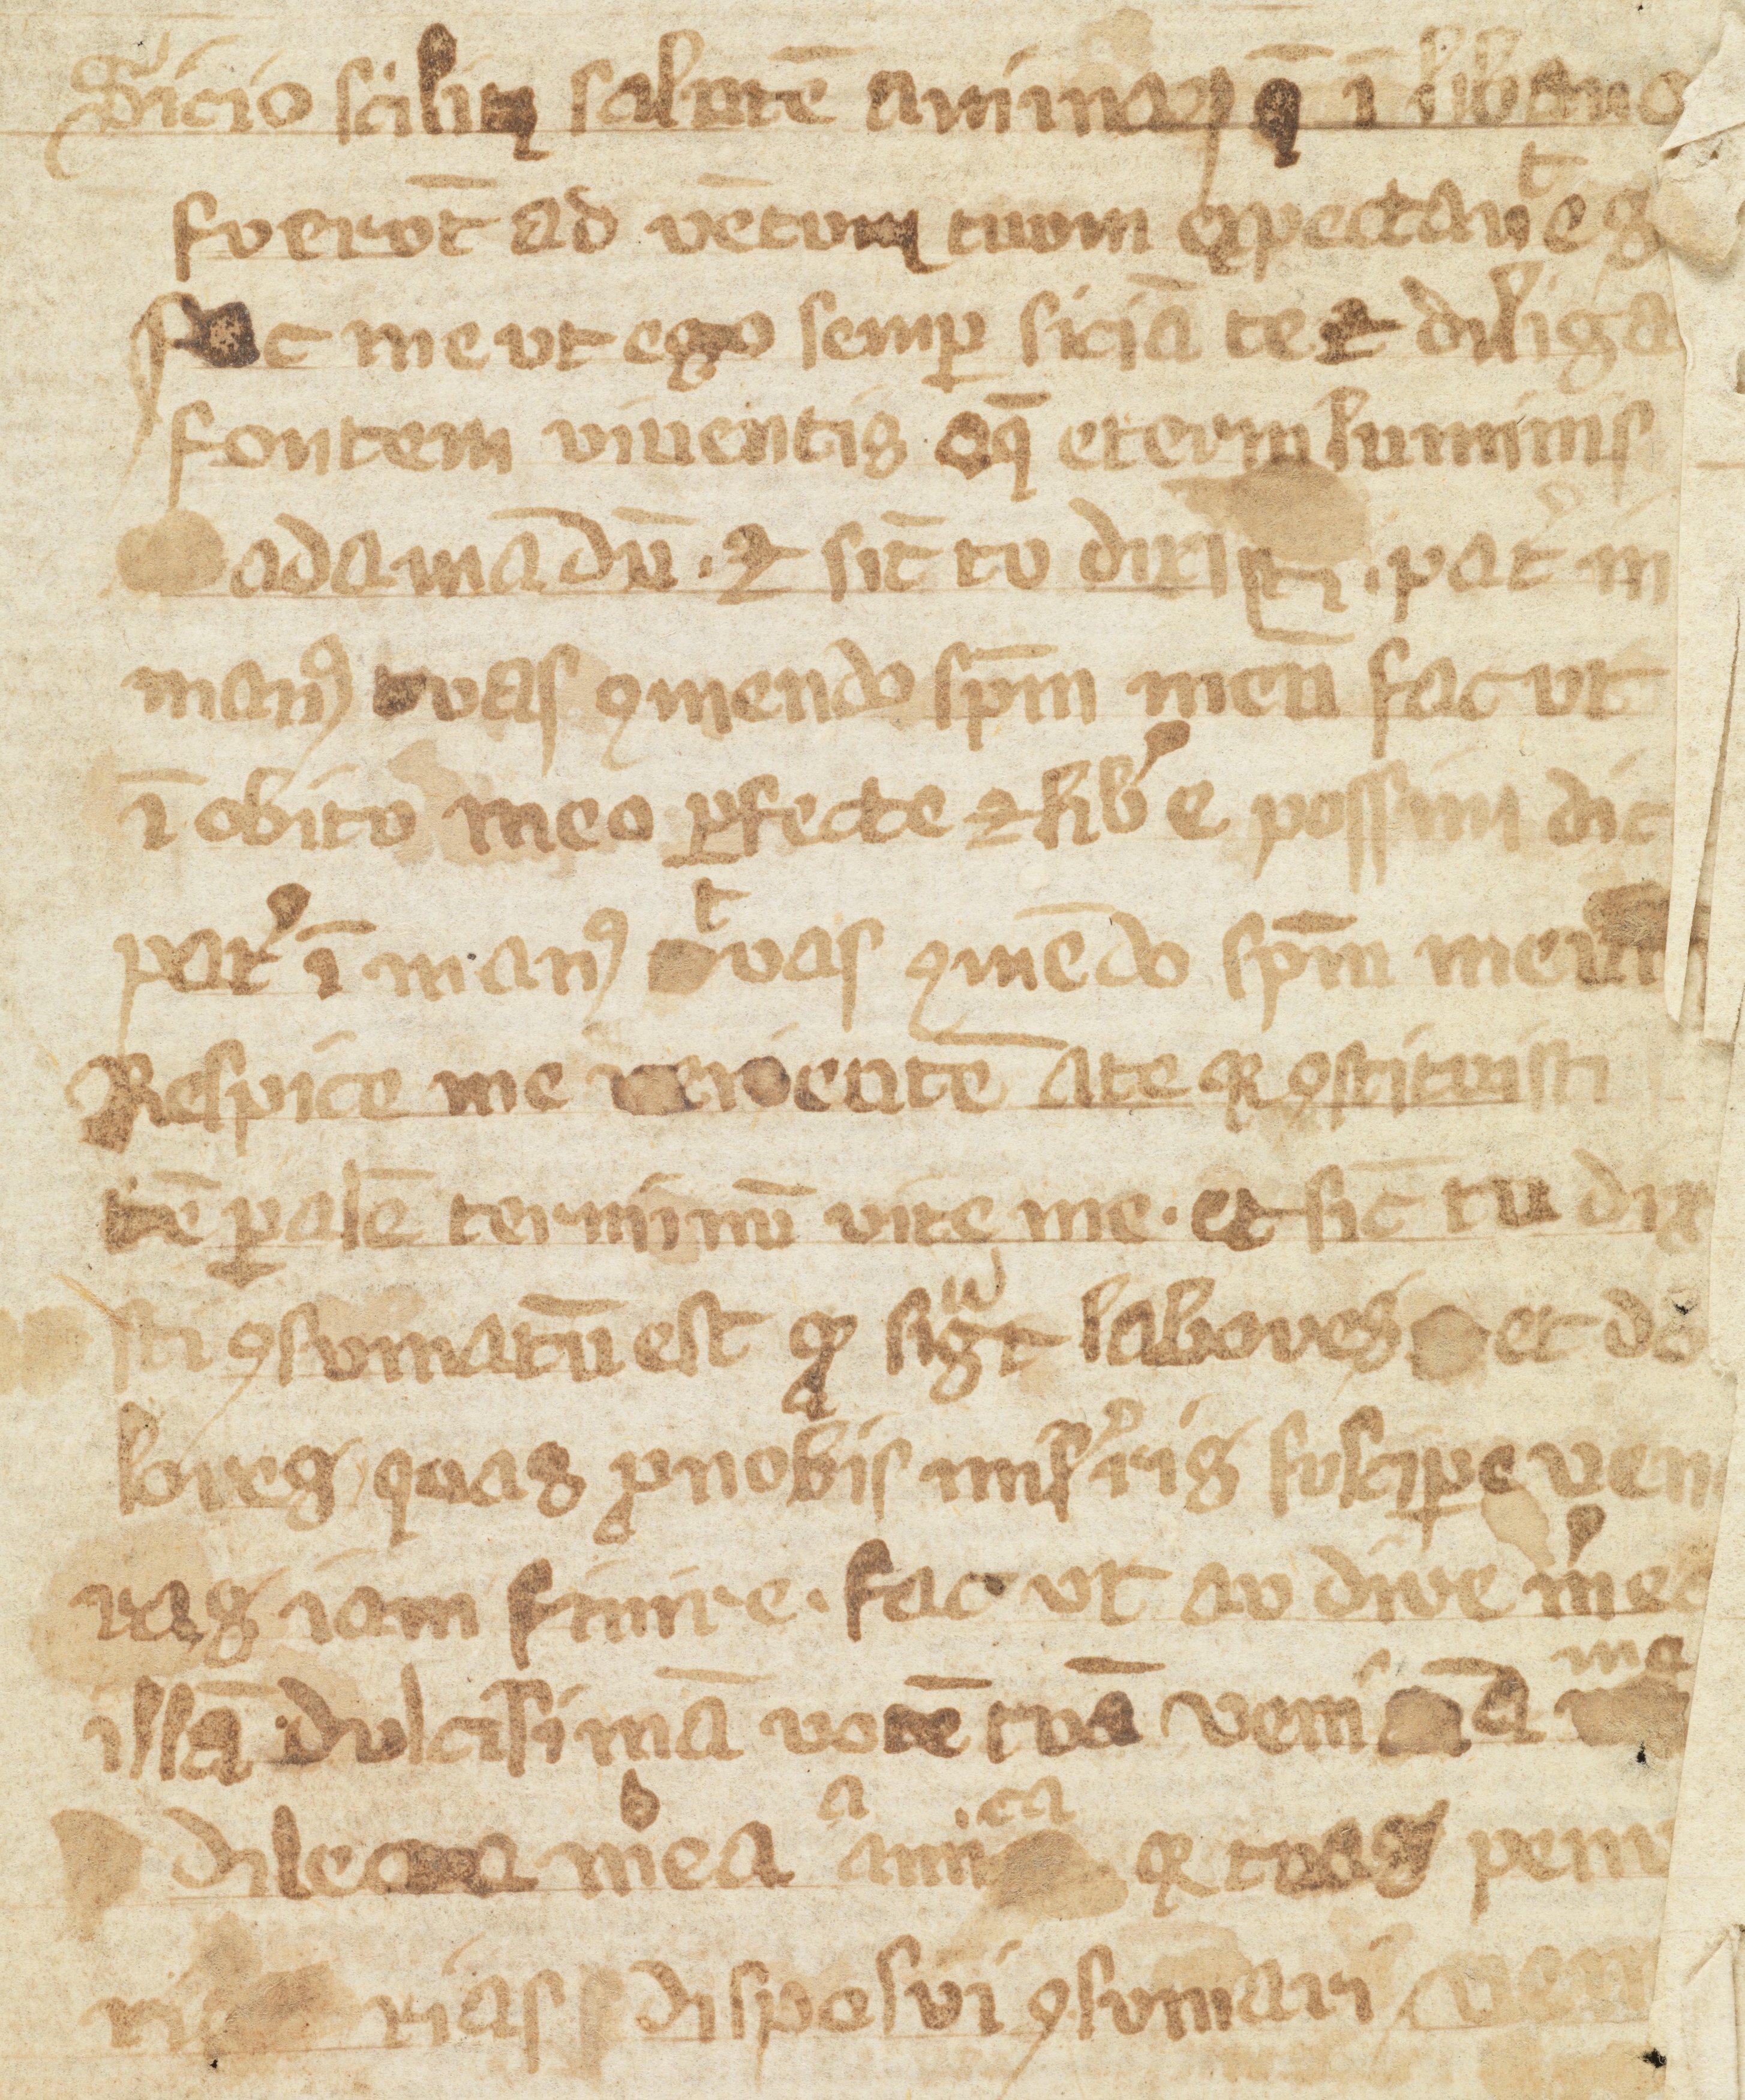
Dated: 1375–1399